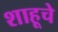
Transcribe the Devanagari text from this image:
शाहूचे